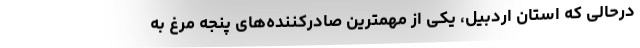
درحالی که استان اردبیل، یکی از مهمترین صادرکننده‌های پنجه مرغ به